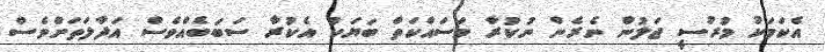
އެކަމަކު މުރުސީ ޖަލުން ނެރެން ނުކުރާ މަސައްކަތް ބަޔަކު އެކުރާ ސަބަބެއްވެސް އަދާލަތަށްވެސް